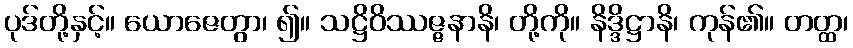
ပုဒ်တို့နှင့်။ ယောဇေတွာ၊ ၍။ သဋ္ဌိဝိဿဇ္ဇနာနိ၊ တို့ကို။ နိဒ္ဒိဋ္ဌာနိ၊ ကုန်၏။ တတ္ထ၊